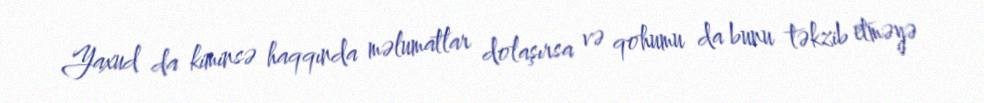
Yaxud da kiminsə haqqında məlumatlar dolaşırsa və qohumu da bunu təkzib etməyə